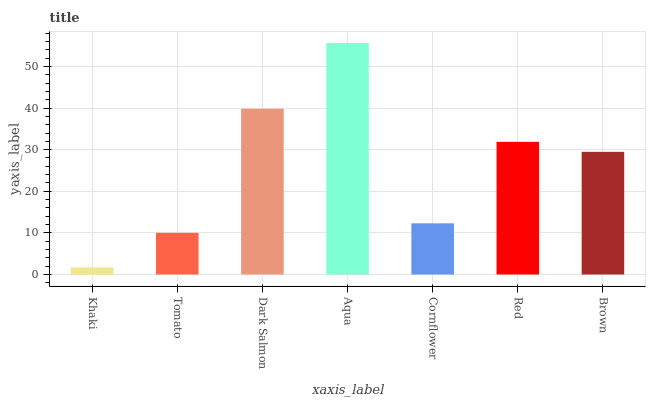
| xaxis_label | bars |
 | --- | --- |
 | Khaki | 1.7 |
 | Tomato | 10 |
 | Dark Salmon | 39.8 |
 | Aqua | 55.6 |
 | Cornflower | 12.3 |
 | Red | 31.9 |
 | Brown | 29.5 |